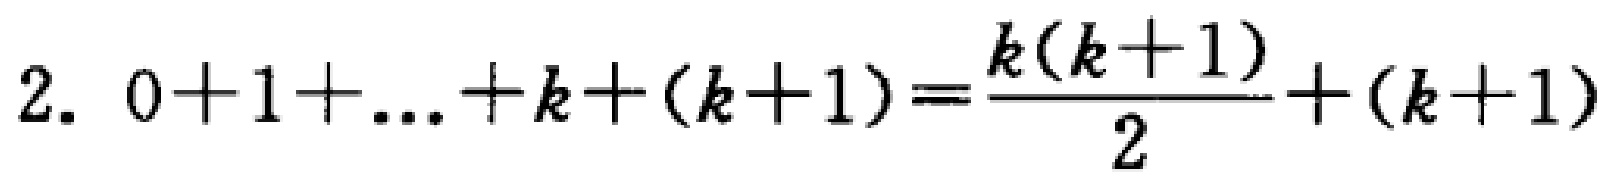
2. \(0 + 1+\ldots + k+(k + 1)=\frac{k(k + 1)}{2}+(k + 1)\)